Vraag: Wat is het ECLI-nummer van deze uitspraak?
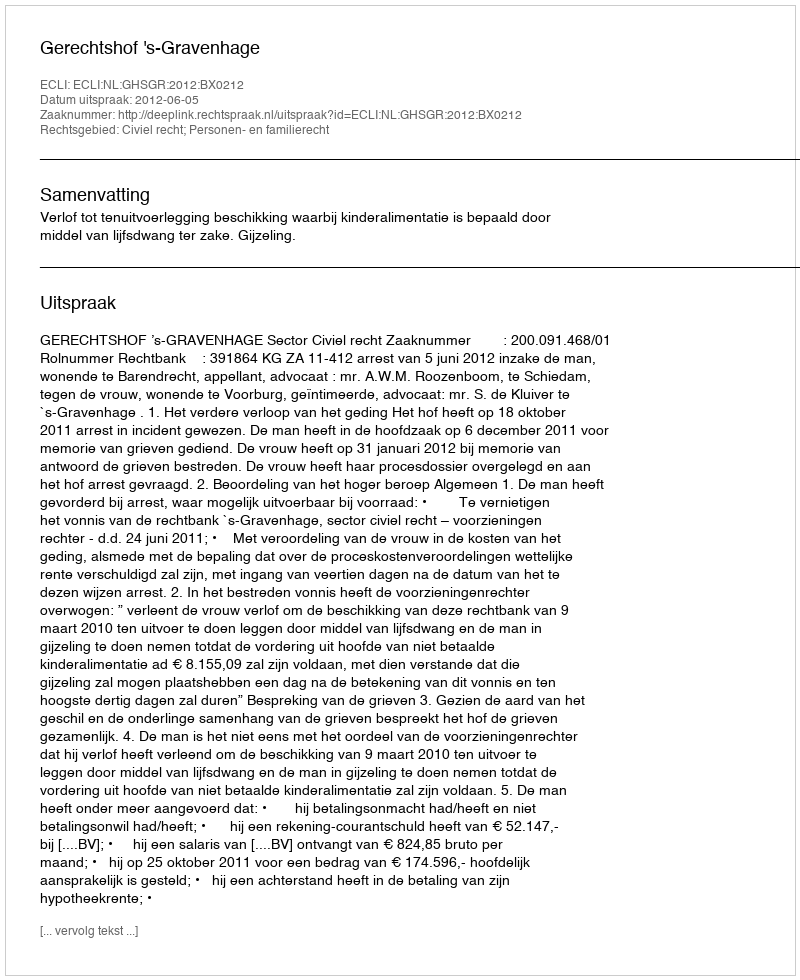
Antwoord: ECLI:NL:GHSGR:2012:BX0212